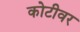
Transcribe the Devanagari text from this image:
कोटीवर